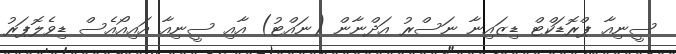
ސީނިއާ ޕްރޮޑަކްޓް ޑިޒައިނާ ނަސްރު އަދްނާން (ނައްޓު) އާއި ސީނިއާ އައިއޯއެސް ޑިވެލޮޕަރު